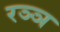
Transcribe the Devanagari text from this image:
रञ्ञ